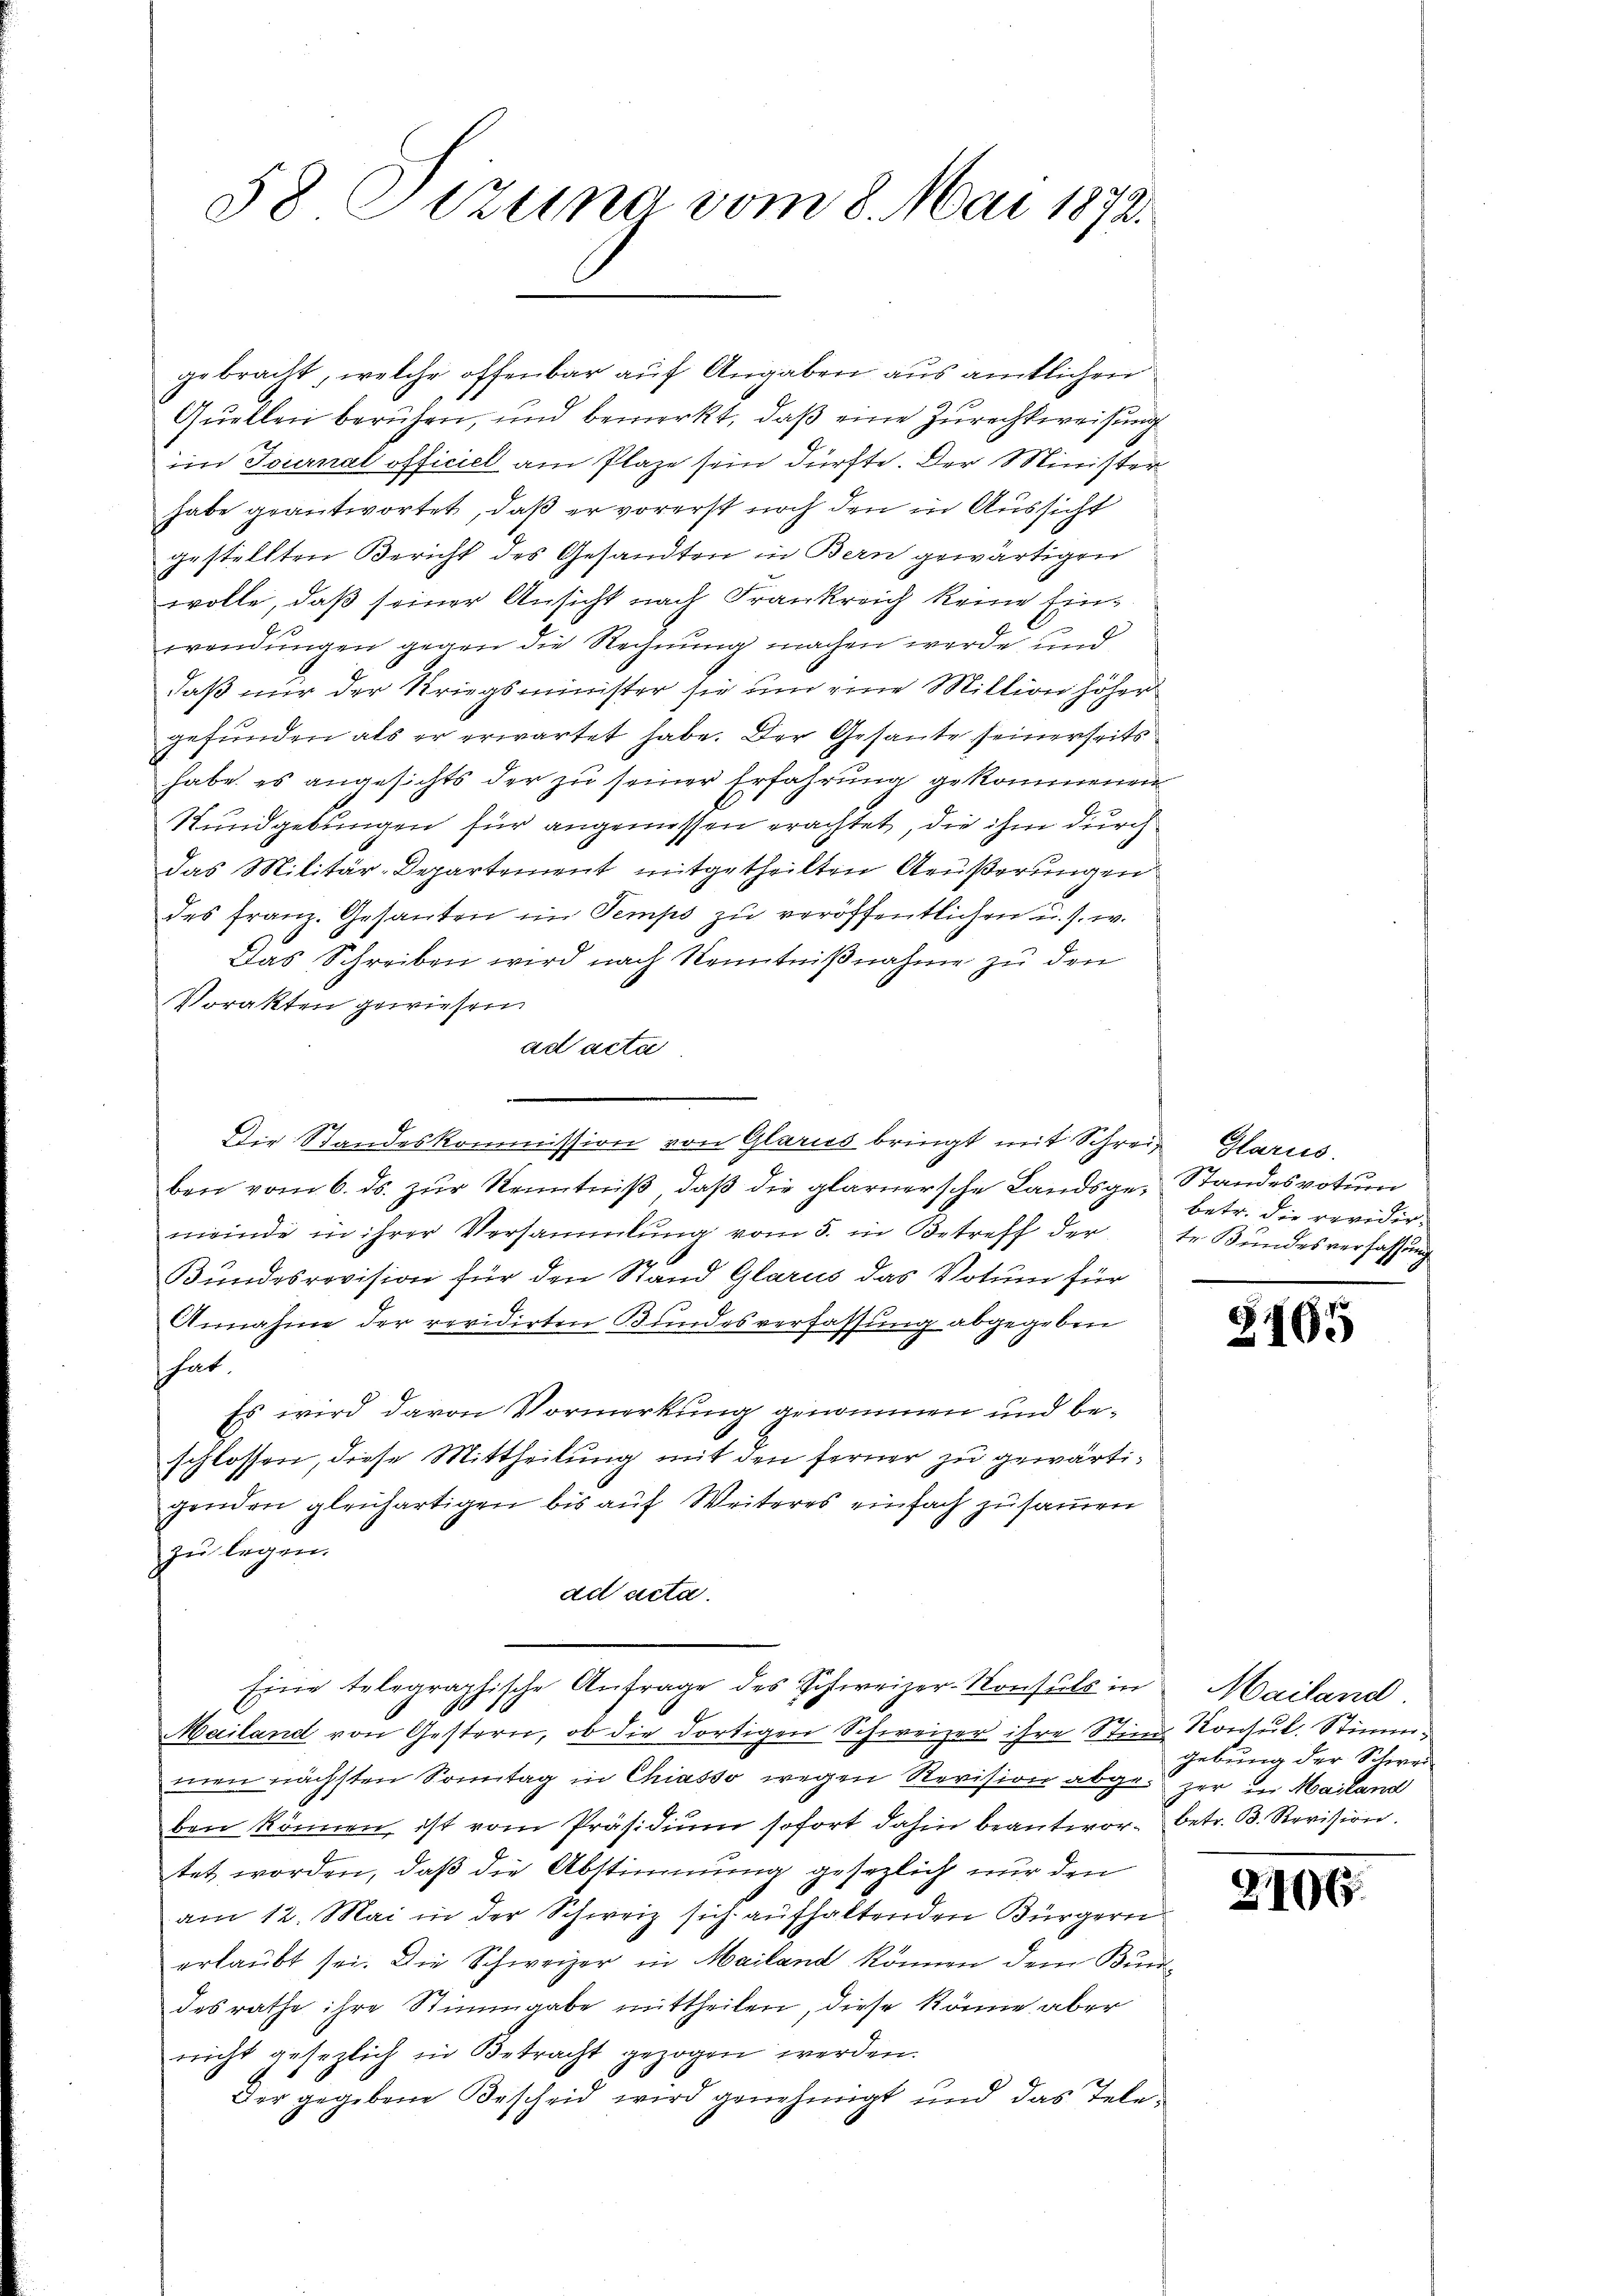
58 Sizung vom 8. Mai 1872.

gebracht, welche offenbar auf Angaben aus amtlichen
Quellen beruhen, und bemerkt, daß eine Zurechtweisung
im Journal officiel am Plaze sein dürfte. Der Minister
habe geantwortet, daß er vorerst noch den in Aussicht
gestellten Bericht des Gesandten in Bern gewärtigen
wolle, daß seiner Ansicht nach Frankreich keine Einwendungen gegen die Rechnung machen werde, und
daß mir der Kriegsminister sie um eine Million höher
gefunden als er erwartet habe. Der Gesante seinerseits
habe es angesichts der zu seiner Erfahrung gekommenen
.
Rundgebungen für angemessen erachtet, die ihm durch
das Militär-Departement mitgetheilten Aeußerungen
des franz. Gesanten im Tempo zu veröffentlichen u. s. w.
Das Schreiben wird nach Kenntnißnahme zu den
Vorakten gewiesen.
ad acta
ben vom 6. ds. zur Kenntniß, daß die glarnersche Landsge- Standesvotum
meinde in ihrer Versammlung vom 5. in Betreff der te Bundesverfassung
Bundesrevision für den Stand Glarus das Votum für
Annahme der revidirten Bundesverfassung abgegeben
hat.
Es wird davon Vormerkung genommen und beschlossen, diese Mittheilung mit den ferner zu gewärtigenden gleichartigen bis auf Weiteres einfach zusammen
zŭ legen.
ad acta.
Eine telegraphische Anfrage des Schweizer-Konsul in Mailand.
Mailand von Gestern, ob die dortigen Schweizer ihre Stin Konsul. Stimmmen nächsten Sonntag in Chiasso wegen Revision abge-zer in Mailand
ben können, ist vom Präsidium sofort dahin beantwor- betr. B. Revision.
tet worden, daß die Abstimmung gesezlich nur den
am 12. Mai in der Schweiz sich aufhaltenden Bürgern
erlaubt sei. Die Schweizer in Mailand können dem Bundes rathe ihre Stimmgabe mittheilen, diese könne aber
nicht gesezlich in Betracht gezogen werden.
Der gegebene Bescheid wird genehmigt und das Tele

Die Standeskommission von Glarus bringt mit Schrei Glarus.

betr. die revidir¬

§165

gebung der Schwer

2106